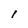
Character: I